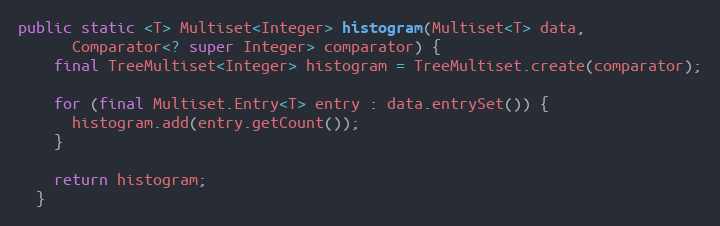
Language: Java
public static <T> Multiset<Integer> histogram(Multiset<T> data,
      Comparator<? super Integer> comparator) {
    final TreeMultiset<Integer> histogram = TreeMultiset.create(comparator);

    for (final Multiset.Entry<T> entry : data.entrySet()) {
      histogram.add(entry.getCount());
    }

    return histogram;
  }